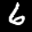
Label: 6